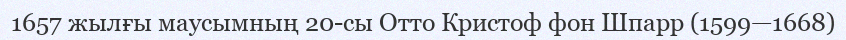
1657 жылғы маусымның 20-сы Отто Кристоф фон Шпарр (1599—1668)